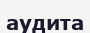
аудита